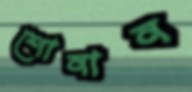
শোনান